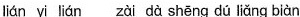
lián yì lián zài dà shēng dú liǎng biàn